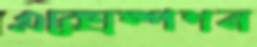
এক্সেম্পশন